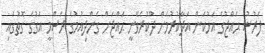
ފަރުޟު ޙައްޖުގެ އަޅުކަން އަދާކުރުމަށް ދޫކުރެވޭނީ ޙައްޖަށް ގެންދިއުމުގެ ރަސްމީ އަގުގެ ގޮތުގައި